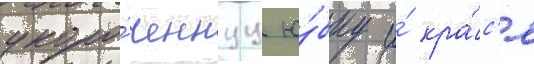
укоро́ченнуу ю́бку и́ кра́с'я